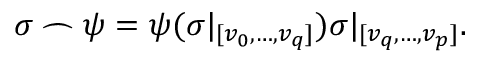
\sigma \frown \psi = \psi ( \sigma | _ { [ v _ { 0 } , \ldots , v _ { q } ] } ) \sigma | _ { [ v _ { q } , \ldots , v _ { p } ] } .